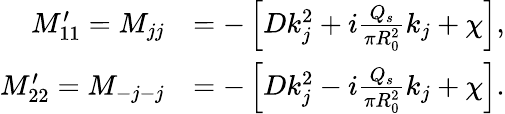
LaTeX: \begin{array}{rl}{M_{11}^{\prime}=M_{jj}}&{=-\left[Dk_{j}^{2}+i\frac{Q_{s}}{\pi R_{0}^{2}}k_{j}+\chi\right],}\\ {M_{22}^{\prime}=M_{-j-j}}&{=-\left[Dk_{j}^{2}-i\frac{Q_{s}}{\pi R_{0}^{2}}k_{j}+\chi\right].}\end{array}